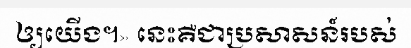
ឲ្យយើង។» នេះគឺជាប្រសាសន៍របស់